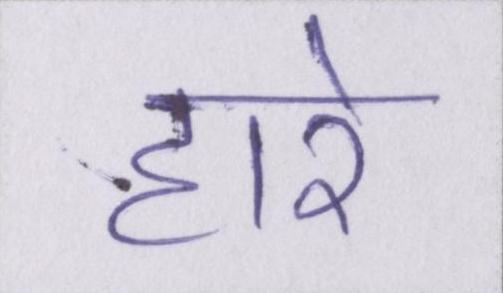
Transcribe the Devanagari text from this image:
हारे